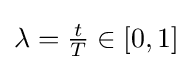
\lambda ={\tfrac {t}{T}}\in [0,1]